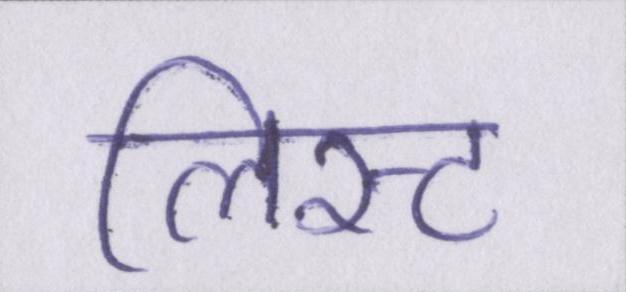
लिस्ट